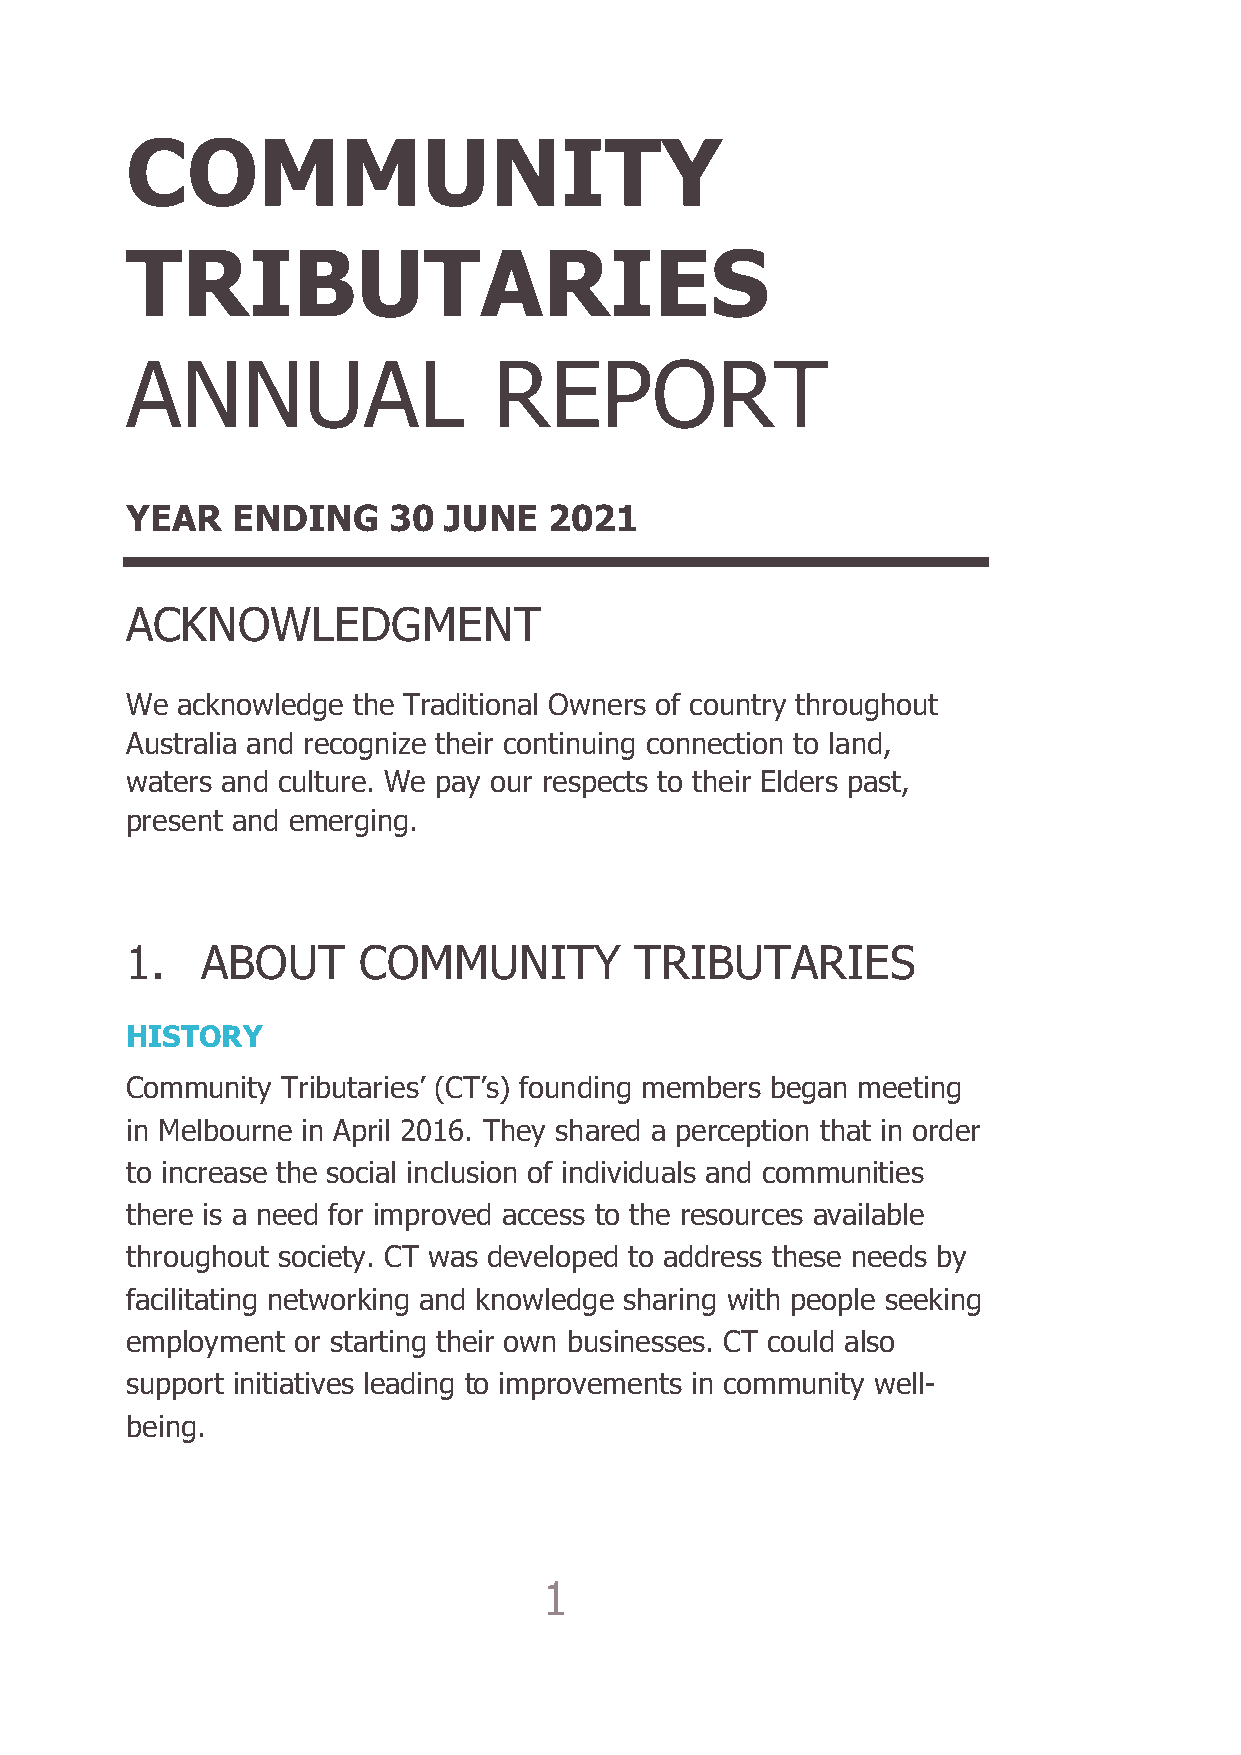
COMMUNITY
 TRIBUTARIES
 ANNUAL                   REPORT
 YEAR   ENDING     30 JUNE   2021
 ACKNOWLEDGMENT
 We  acknowledge the Traditional Owners of country throughout
 Australia and recognize their continuing connection to land,
 waters and culture. We pay our respects to their Elders past,
 present and emerging.
 1.   ABOUT      COMMUNITY         TRIBUTARIES
 HISTORY
 Community  Tributaries’ (CT’s) founding members began meeting
 in Melbourne in April 2016. They shared a perception that in order
 to increase the social inclusion of individuals and communities
 there is a need for improved access to the resources available
 throughout society. CT was developed to address these needs by
 facilitating networking and knowledge sharing with people seeking
 employment or starting their own businesses. CT could also
 support initiatives leading to improvements in community well-
 being.
 1